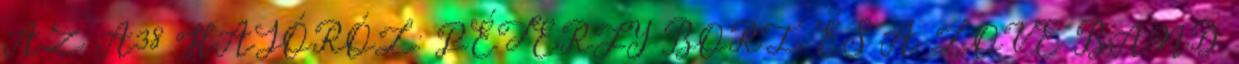
AZ A38 HAJÓRÓL: PÉTERFY BORI ÉS A LOVE BAND